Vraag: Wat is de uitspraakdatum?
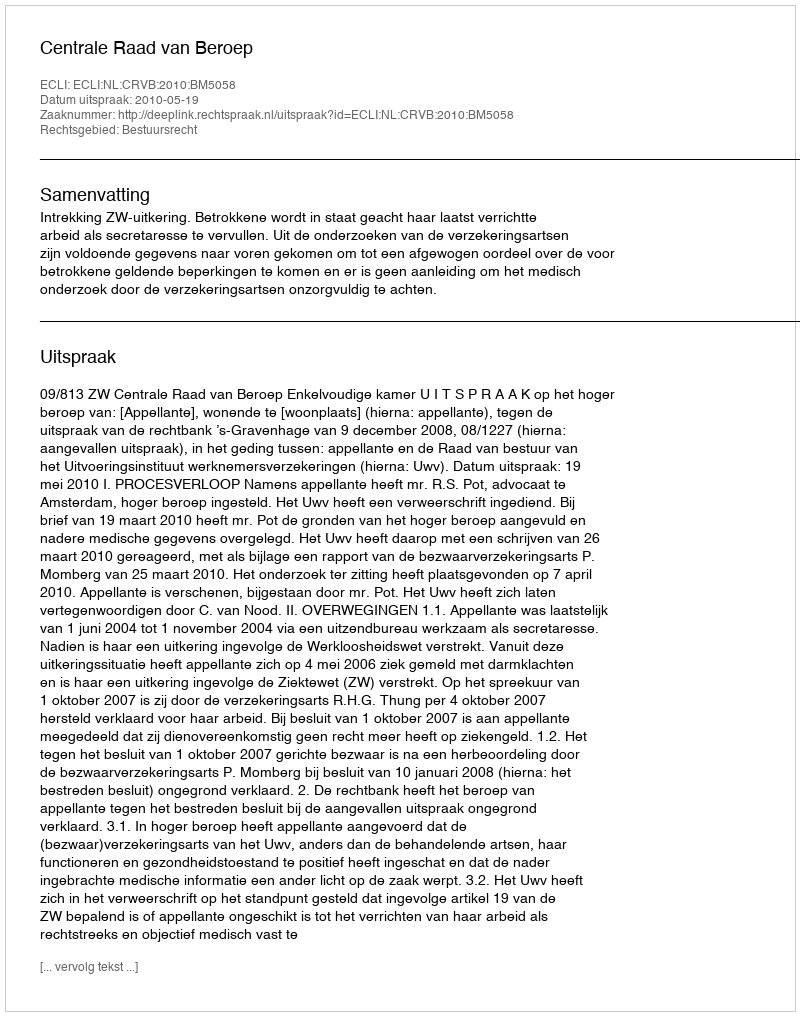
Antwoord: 2010-05-19